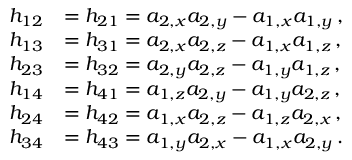
\begin{array} { r l } { h _ { 1 2 } } & { = h _ { 2 1 } = a _ { 2 , x } a _ { 2 , y } - a _ { 1 , x } a _ { 1 , y } \, , } \\ { h _ { 1 3 } } & { = h _ { 3 1 } = a _ { 2 , x } a _ { 2 , z } - a _ { 1 , x } a _ { 1 , z } \, , } \\ { h _ { 2 3 } } & { = h _ { 3 2 } = a _ { 2 , y } a _ { 2 , z } - a _ { 1 , y } a _ { 1 , z } \, , } \\ { h _ { 1 4 } } & { = h _ { 4 1 } = a _ { 1 , z } a _ { 2 , y } - a _ { 1 , y } a _ { 2 , z } \, , } \\ { h _ { 2 4 } } & { = h _ { 4 2 } = a _ { 1 , x } a _ { 2 , z } - a _ { 1 , z } a _ { 2 , x } \, , } \\ { h _ { 3 4 } } & { = h _ { 4 3 } = a _ { 1 , y } a _ { 2 , x } - a _ { 1 , x } a _ { 2 , y } \, . } \end{array}